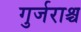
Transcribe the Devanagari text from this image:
गुर्जराश्च